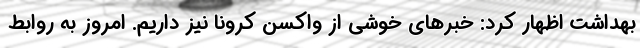
بهداشت اظهار کرد: خبرهای خوشی از واکسن کرونا نیز داریم. امروز به روابط